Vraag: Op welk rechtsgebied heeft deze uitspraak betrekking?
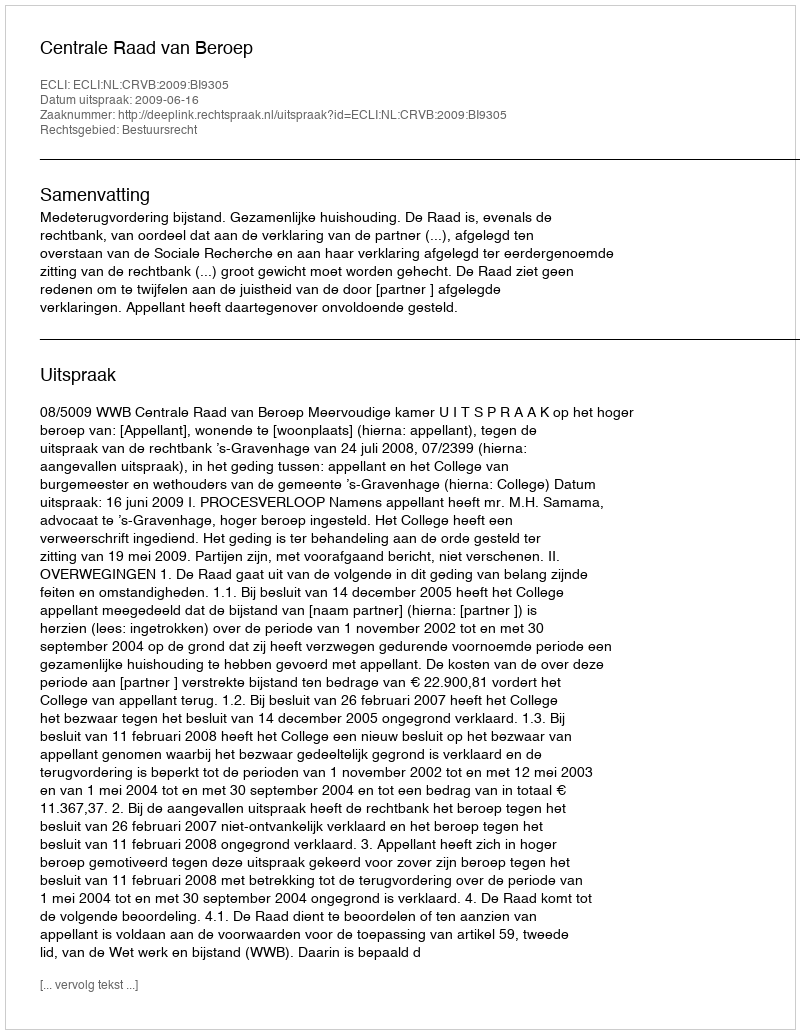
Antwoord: Bestuursrecht